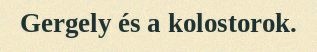
Gergely és a kolostorok.